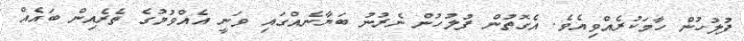
ފުލުހުން ހާމަކުރެއްވިއެވެ. އެގޮތުން ފުލުހުން ނެރުނު ބަޔާނެއްގައި ވަނީ އެއްވުމުގެ ތެރެއިން ބައެއް